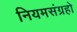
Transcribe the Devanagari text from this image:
नियमसंग्रहो